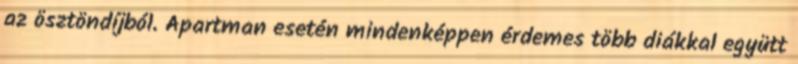
az ösztöndíjból. Apartman esetén mindenképpen érdemes több diákkal együtt